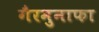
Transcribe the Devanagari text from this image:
गैरमुनाफा